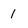
Character: I